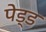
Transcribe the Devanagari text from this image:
पेड्ड